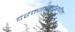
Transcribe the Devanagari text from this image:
दरम्यानदेखील